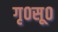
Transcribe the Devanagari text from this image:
गृ०सू०